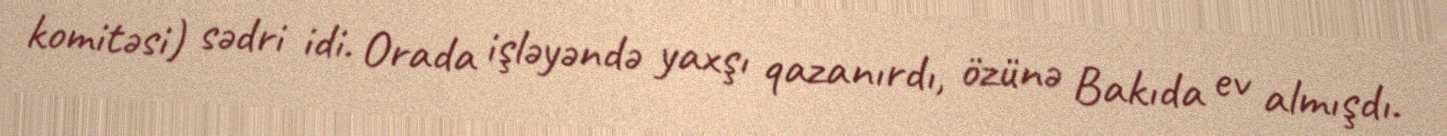
komitəsi) sədri idi. Orada işləyəndə yaxşı qazanırdı, özünə Bakıda ev almışdı.